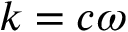
k = c \omega